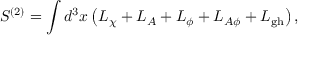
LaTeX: S ^ { ( 2 ) } = \int d ^ { 3 } x \left( { \cal L } _ { \chi } + { \cal L } _ { A } + { \cal L } _ { \phi } + { \cal L } _ { A \phi } + { \cal L } _ { \mathrm { g h } } \right) ,